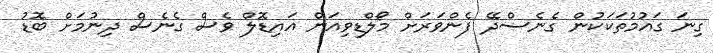
ގިނަ ގައުމުތަކަކުން ގެނެސްދޭ ފެންވަރަށް މޯލްޑިވިއަން އައިޑޮލް ވެސް ގެނެސް ދިނުމަށް ބޮޑު